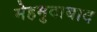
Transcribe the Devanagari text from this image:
मेहमुदाबाद